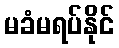
မခံမရပ်နိုင်